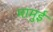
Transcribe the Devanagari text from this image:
मामुई